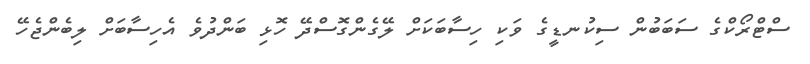
ސްޓްރޯކްގެ ސަބަބުން ސިކުނޑީގެ ވަކި ހިސާބަކަށް ލޭގެންގޮސްދޭ ހޮޅި ބަންދުވެ އެހިސާބަށް ލިބެންޖެހޭ